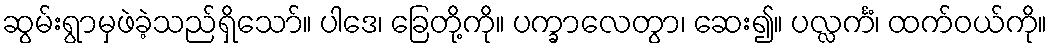
ဆွမ်းရွာမှဖဲခဲ့သည်ရှိသော်။ ပါဒေ၊ ခြေတို့ကို။ ပက္ခာလေတွာ၊ ဆေး၍။ ပလ္လင်္ကံ၊ ထက်ဝယ်ကို။